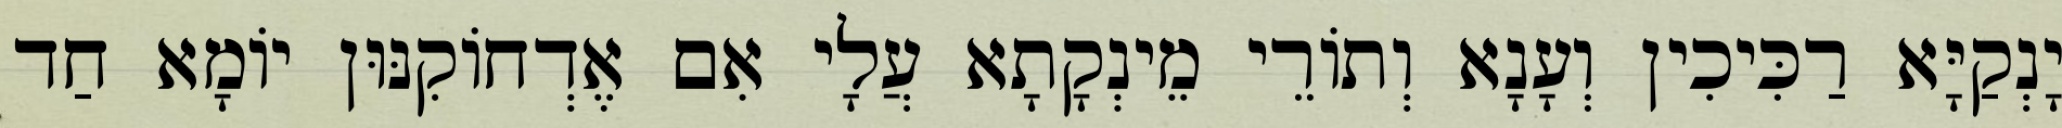
יָנְקַיָּא רַכִּיכִין וְעָנָא וְתוֹרֵי מֵינְקָתָא עֲלָי אִם אֶדְחוֹקִנּוּן יוֹמָא חַד